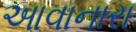
આવાનારા